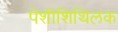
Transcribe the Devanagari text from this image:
पेशीशिथिलक